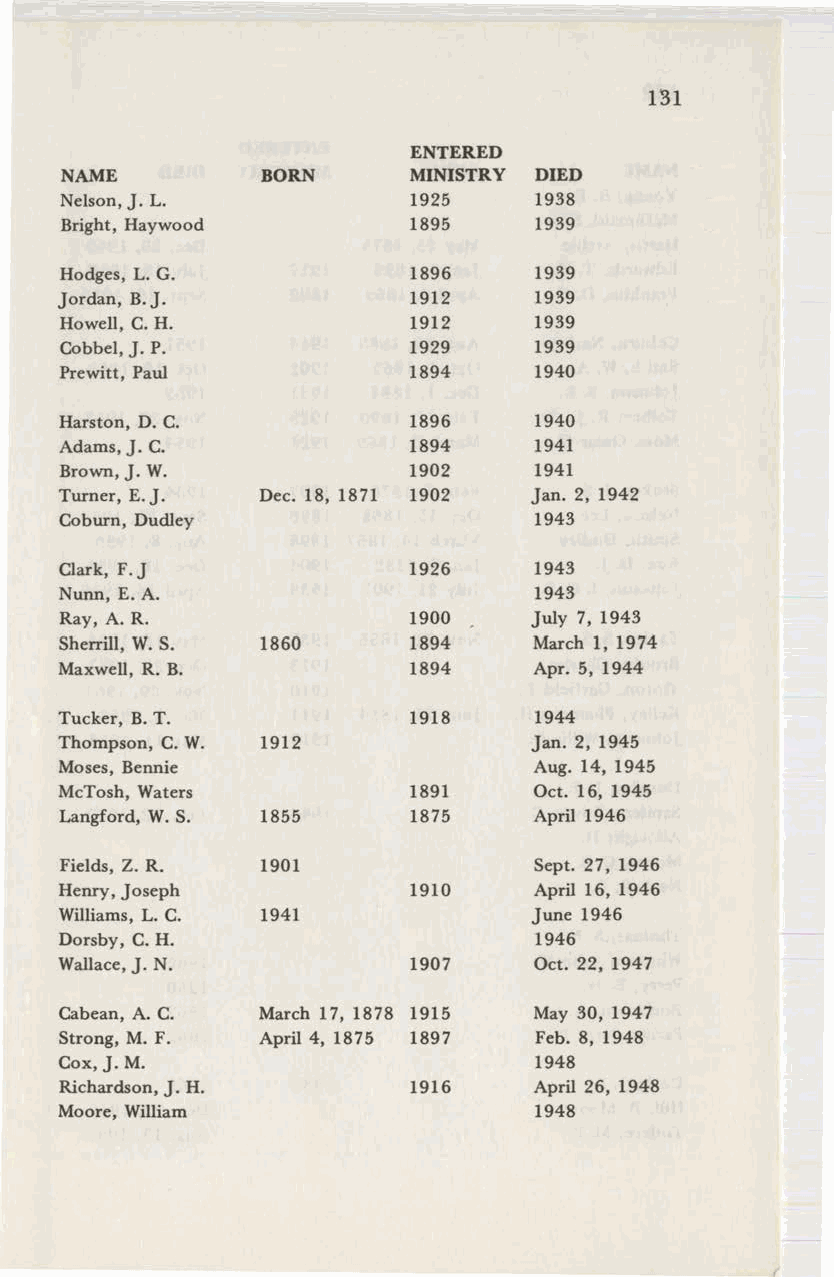
131
 ENTERED
 NAME         BORN      MINISTRY DIED
 Nelson,J. L.           1925    1938
 Bright, Haywood        1895    1939
 Hodges, L. G.          1896    1939
 Jordan, B.J.           1912    1939
 Howell, C. H.          1912    1939
 Cobbel,J. P.           1929    1939
 Prewitt, Paul          1894    1940
 Harston, D. C.         1896    1940
 Adams,J. C.            1894    1941
 Brown,J. W.            1902    1941
 Turner, E.J. Dec. 18, 1871 1902 Jan. 2, 1942
 Coburn, Dudley                 1943
 Clark, F.J             1926    1943
 Nunn, E. A.                    1943
 Ray, A. R.             1900    July 7, 1943
 Sherrill, W.S. 1860    1894    March 1, 1974
 Maxwell, R. B.         1894    Apr. 5, 1944
 Tucker, B.T.           1918    1944
 Thompson, C. W. 1912           Jan. 2, 1945
 Moses, Bennie                  Aug. 14, 1945
 McTosh, Waters         1891    Oct. 16, 1945
 Langford, W. S. 1855   1875    April 1946
 Fields, Z. R. 1901             Sept. 27, 1946
 Henry,Joseph           1910    April 16, 1946
 Williams, L. C. 1941           June 1946
 Dorsby, C. H.                  1946
 Wallace,J. N.          1907    Oct. 22, 1947
 Cabean, A. C. March 17, 1878 1915 May 30, 1947
 Strong, M. F. April 4, 1875 1897 Feb. 8, 1948
 Cox,J.M.                       1948
 Richardson, J. H.      1916    April 26, 1948
 Moore, William                 1948